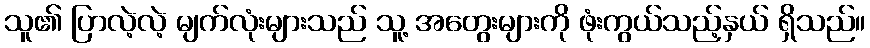
သူ၏ ပြာလဲ့လဲ့ မျက်လုံးများသည် သူ့ အတွေးများကို ဖုံးကွယ်သည့်နှယ် ရှိသည်။